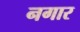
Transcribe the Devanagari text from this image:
नगार